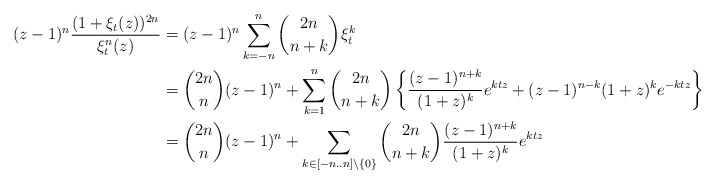
\begin{align*}(z-1)^n\frac{(1+\xi_t(z))^{2n}}{\xi_t^n(z)} &= (z-1)^n\sum_{k = -n}^n\binom{2n}{n+k}\xi_t^k\\& = \binom{2n}{n}(z-1)^n + \sum_{k = 1}^n\binom{2n}{n+k}\left\{\frac{(z-1)^{n+k}}{(1+z)^k}e^{ktz} + (z-1)^{n-k}(1+z)^ke^{-ktz}\right\}\\& = \binom{2n}{n}(z-1)^n + \sum_{k \in [-n..n]\setminus \{0\}}\binom{2n}{n+k}\frac{(z-1)^{n+k}}{(1+z)^k}e^{ktz} \end{align*}